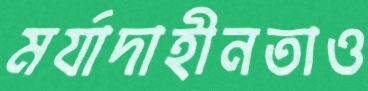
মর্যাদাহীনতাও